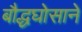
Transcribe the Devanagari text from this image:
बौद्धघोसाने